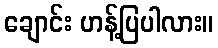
ချောင်း ဟန့်ပြပါလား။